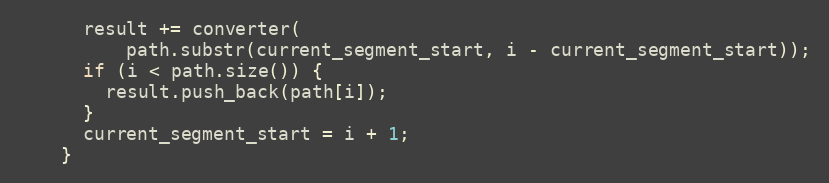
Language: C++
      result += converter(
          path.substr(current_segment_start, i - current_segment_start));
      if (i < path.size()) {
        result.push_back(path[i]);
      }
      current_segment_start = i + 1;
    }